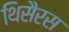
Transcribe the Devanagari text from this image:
थिसैरस